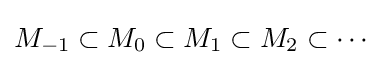
M_{-1}\subset M_{0}\subset M_{1}\subset M_{2}\subset \cdots